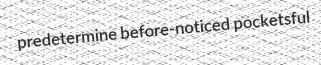
predetermine before-noticed pocketsful